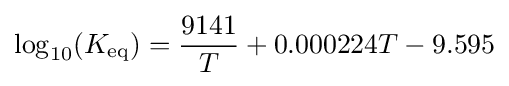
\log _{10}(K_{\rm {eq}})={\frac {9141}{T}}+0.000224T-9.595